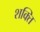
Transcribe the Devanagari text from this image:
श्‍ाक्‍ित